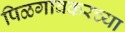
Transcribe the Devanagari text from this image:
पिळगावकरच्या